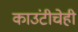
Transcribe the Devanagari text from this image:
काउंटीचेही